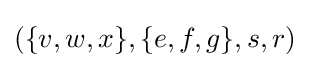
(\{v,w,x\},\{e,f,g\},s,r)